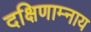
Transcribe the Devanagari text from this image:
दक्षिणाम्नाय